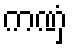
ကဏှံ